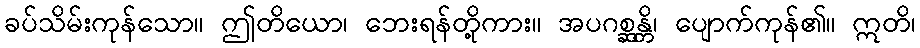
ခပ်သိမ်းကုန်သော။ ဤတိယော၊ ဘေးရန်တို့ကား။ အပဂစ္ဆန္တိ၊ ပျောက်ကုန်၏။ ဣတိ၊